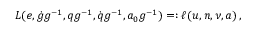
\begin{array} { r } { L ( e , \dot { g } g ^ { - 1 } , q g ^ { - 1 } , \dot { q } g ^ { - 1 } , a _ { 0 } g ^ { - 1 } ) = : \ell ( u , n , \nu , a ) \, , } \end{array}